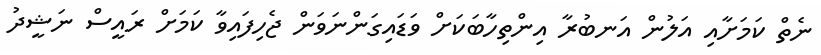
ނެތް ކަމަށާއި އަލުން އަނބުރާ އިންތިހާބަކަށް ވަޑައިގަންނަވަން ޖެހިފައިވާ ކަމަށް ރައީސް ނަޝީދު